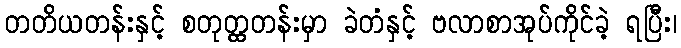
တတိယတန်းနှင့် စတုတ္ထတန်းမှာ ခဲတံနှင့် ဗလာစာအုပ်ကိုင်ခဲ့ ရပြီး၊